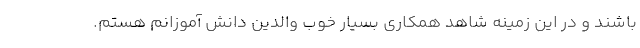
باشند و در این زمینه شاهد همکاری بسیار خوب والدین دانش آموزانم هستم.